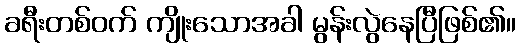
ခရီးတစ်ဝက် ကျိုးသောအခါ မွန်းလွဲနေပြီဖြစ်၏။